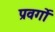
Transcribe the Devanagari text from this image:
प्रवर्गो